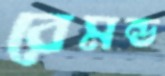
রেমন্ড